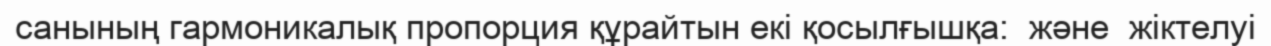
санының гармоникалық пропорция құрайтын екі қосылғышқа:  және  жіктелуі